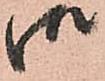
御